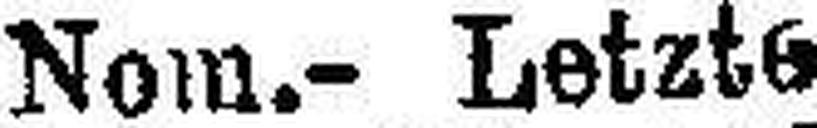
Nom.- Letzte